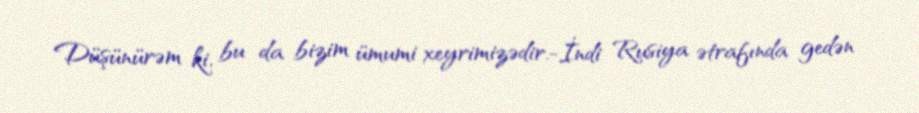
Düşünürəm ki, bu da bizim ümumi xeyrimizədir.-İndi Rusiya ətrafında gedən